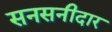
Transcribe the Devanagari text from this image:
सनसनीदार